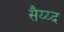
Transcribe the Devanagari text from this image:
सैय्य्द